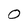
Character: 0